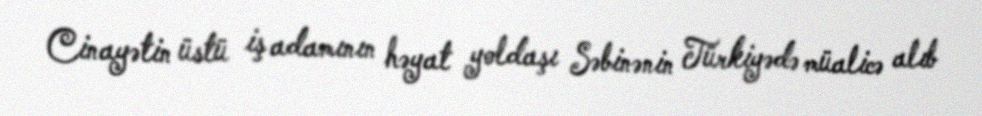
Cinayətin üstü iş adamının həyat yoldaşı Səbinənin Türkiyədə müalicə alıb